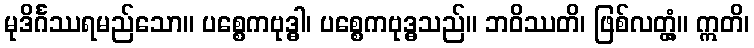
မုဒိင်္ဂဿရမည်သော။ ပစ္စေကဗုဒ္ဓါ၊ ပစ္စေကဗုဒ္ဓသည်။ ဘဝိဿတိ၊ ဖြစ်လတ္တံ့။ ဣတိ၊